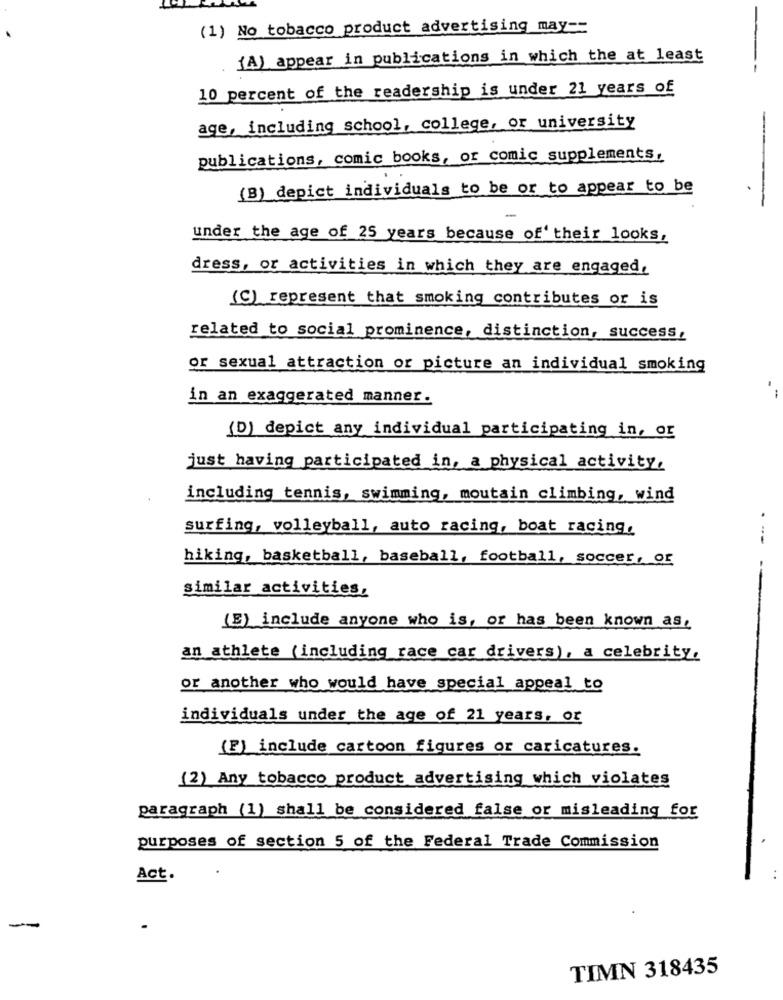
(1) No tobacco product advertising may ==
{A) appear in publications in which the at least
-
10 percent of the readership is under 21 years of
age, including school, college, or university
publications, comic books, or comic supplements,
(B) depict individuals to be or to appear to be
under the age of 25 years because of' their looks,
dress, or activities in which they are engaged,
(C) represent that smoking contributes or is
related to social prominence, distinction, success,
or sexual attraction or picture an individual smoking
in an exaggerated manner.
(D) depict any individual participating in, or
just having participated in, a physical activity,
including tennis, swimming, moutain climbing, wind
surfing, volleyball, auto racing, boat racing,
hiking, basketball, baseball, football, soccer, or
similar activities,
(E) include anyone who is, or has been known as,
an athlete (including race car drivers), a celebrity.
or another who would have special appeal to
individuals under the age of 21 years, or
(F) include cartoon figures or caricatures.
(2) Any tobacco product advertising which violates
paragraph (1) shall be considered false or misleading for
purposes of section 5 of the Federal Trade Commission
Act.
--
TIMN 318435